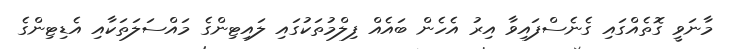
މާނަވީ ގޮތެއްގައި ގެނެސްފައިވާ އިރު އެހެން ބައެއް ފިލްމުތަކުގައި ލައިޓިންގެ މައްސަލަތަކާއި އެޑިޓިންގެ